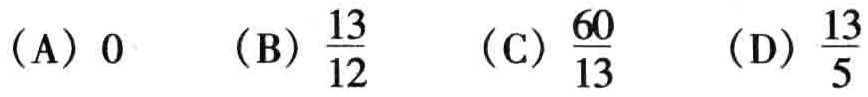
(A) \(0\)  (B) \(\frac{13}{12}\)  (C) \(\frac{60}{13}\)  (D) \(\frac{13}{5}\)